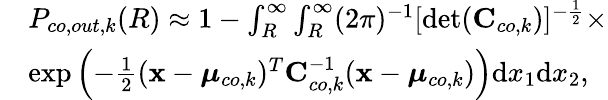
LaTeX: \begin{array}{rl}&{P_{co,out,k}(R)\approx 1-\int_{R}^{\infty}\int_{R}^{\infty}(2\pi)^{-1}[\operatorname*{det}({\mathbf{C}}_{co,k})]^{-\frac{1}{2}}\times}\\ &{\exp\left(-\frac{1}{2}(\mathbf{x}-\boldsymbol{\mu}_{co,k})^{T}{\mathbf{C}}_{co,k}^{-1}(\mathbf{x}-\boldsymbol{\mu}_{co,k})\right)\mathrm{d}x_{1}\mathrm{d}x_{2},}\end{array}